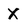
Character: X